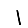
Digit: 1